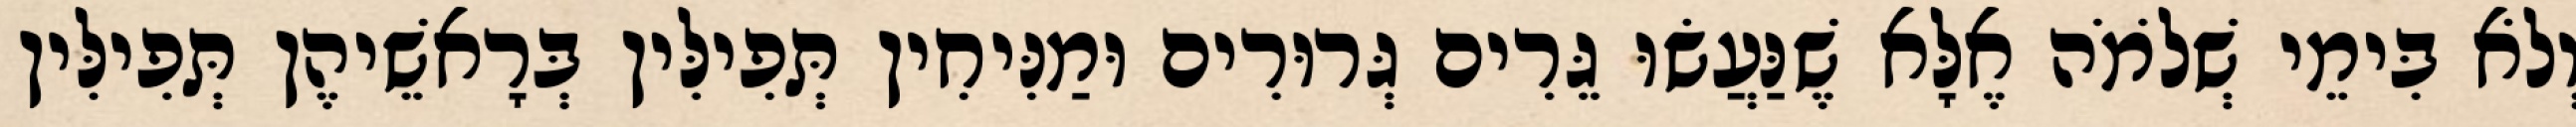
וְלֹא בִּימֵי שְׁלֹמֹה אֶלָּא שֶׁנַּעֲשׂוּ גֵּרִים גְּרוּרִים וּמַנִּיחִין תְּפִילִּין בְּרָאשֵׁיהֶן תְּפִילִּין